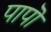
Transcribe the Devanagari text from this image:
पापॊं